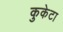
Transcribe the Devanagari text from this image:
कुकेटा